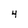
Character: 4